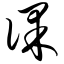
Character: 课